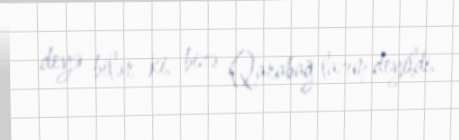
deyə bilər ki, bizə Qarabağ lazım deyildi.